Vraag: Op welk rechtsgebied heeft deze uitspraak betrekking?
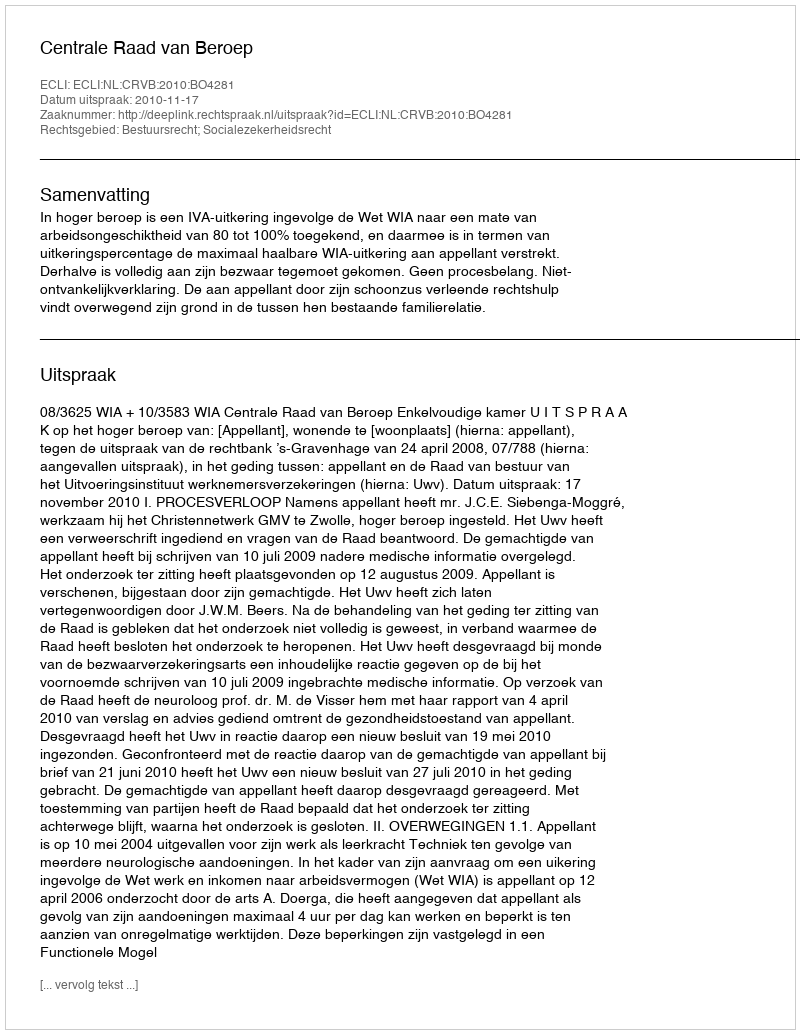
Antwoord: Bestuursrecht; Socialezekerheidsrecht